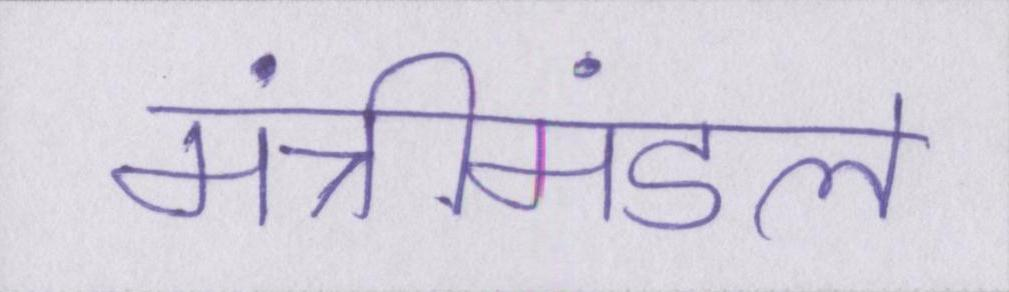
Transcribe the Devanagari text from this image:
मंत्रीमंडल